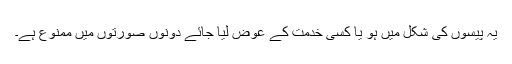
یہ پیسوں کی شکل میں ہو یا کسی خدمت کے عوض لیا جائے دونوں صورتوں میں ممنوع ہے۔